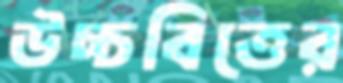
উচ্চবিত্তের